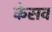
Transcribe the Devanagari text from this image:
केसव